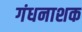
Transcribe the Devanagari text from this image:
गंधनाशक